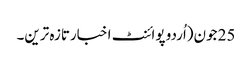
25 جون(اُردو پوائنٹ اخبارتازہ ترین۔